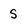
Character: S